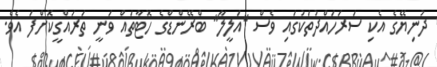
ދުނިޔޭގެ އެކި ސަރަހައްދުތަކުގައި ވެސް "އަލީލާ" ބްރޭންޑްގެ ހޮޓާތައް ވަނީ ތަރައްގީކޮށްފަ އެވެ.